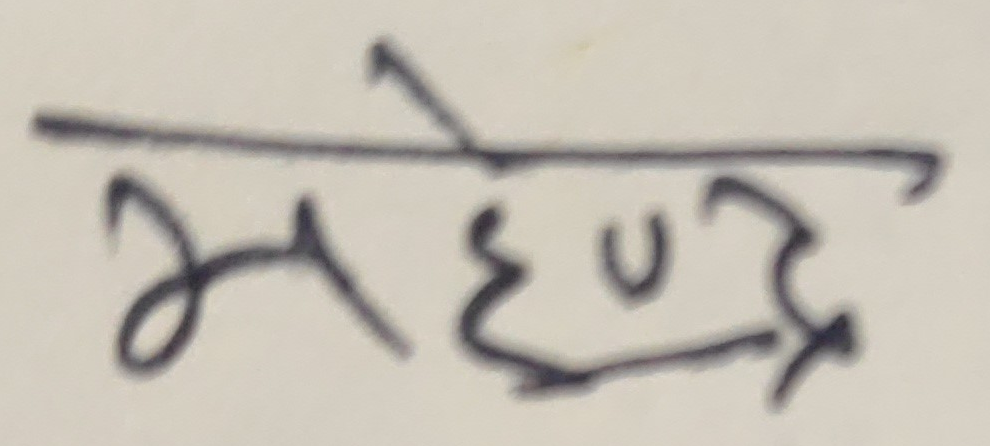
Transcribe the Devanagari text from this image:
महेन्द्र